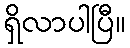
ရှိလာပါပြီ။